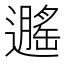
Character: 𬩡